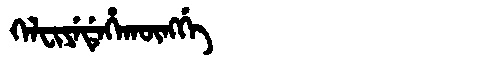
Manchu: ᡴᡝᠯᠸᡳᠶᡝᡩᡝᡥᠠᡴᡡᠩᡤᡝ
Romanization: KELFIYEDEHAKŪNGGE